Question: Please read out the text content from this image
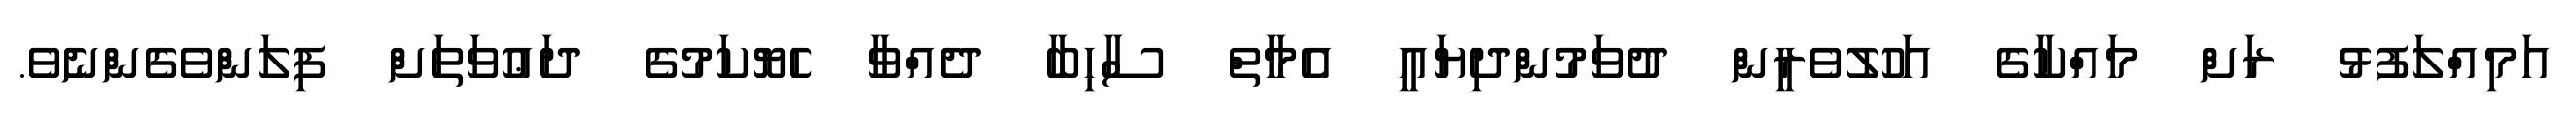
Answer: އަމިއްލަފުޅު ރަށް މައްކާގެ އަހުލުވެރީން ދުވަމުންދިޔައީ އެމާތް ސާހިބާ ދެއްވާ ހެޔޮކަމުގެ ދަޢުވަތަށް ފިލަންވެގެންނެވެ.